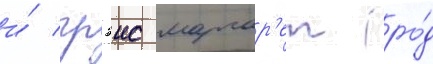
и́ грэис маргар'ет (ро́д